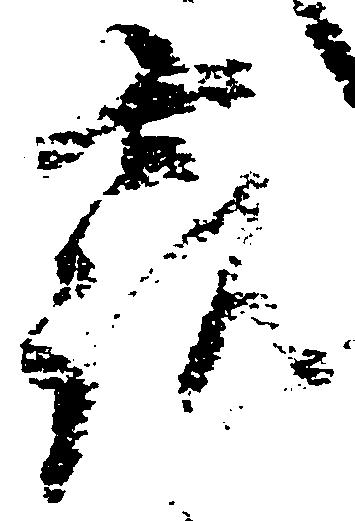
露